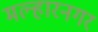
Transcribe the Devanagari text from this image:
मल्हारनगर